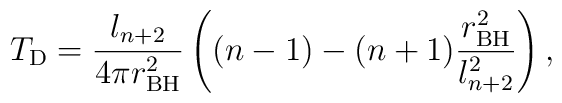
T_{\rm D} =\frac{l_{n+2}}{4\pi r_{\rm BH}^2}\left ((n-1) -(n+1)\frac{r_{\rm BH}^2}{l_{n+2}^2}\right),